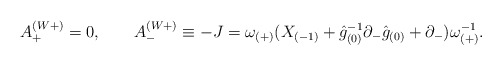
\begin{align*}A_{+}^{(W+)}= 0,\qquad A_{-}^{(W+)}\equiv -J=\omega_{(+)} ( X_{(-1)} + \hat {g}_{(0)}^{-1} \partial_-\hat {g}_{(0)} +\partial_-) \omega_{(+)}^{-1}.\end{align*}